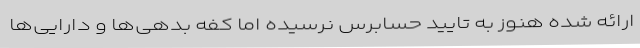
ارائه شده هنوز به تایید حسابرس نرسیده اما کفه بدهی‌ها و دارایی‌ها